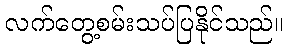
လက်တွေ့စမ်းသပ်ပြနိုင်သည်။